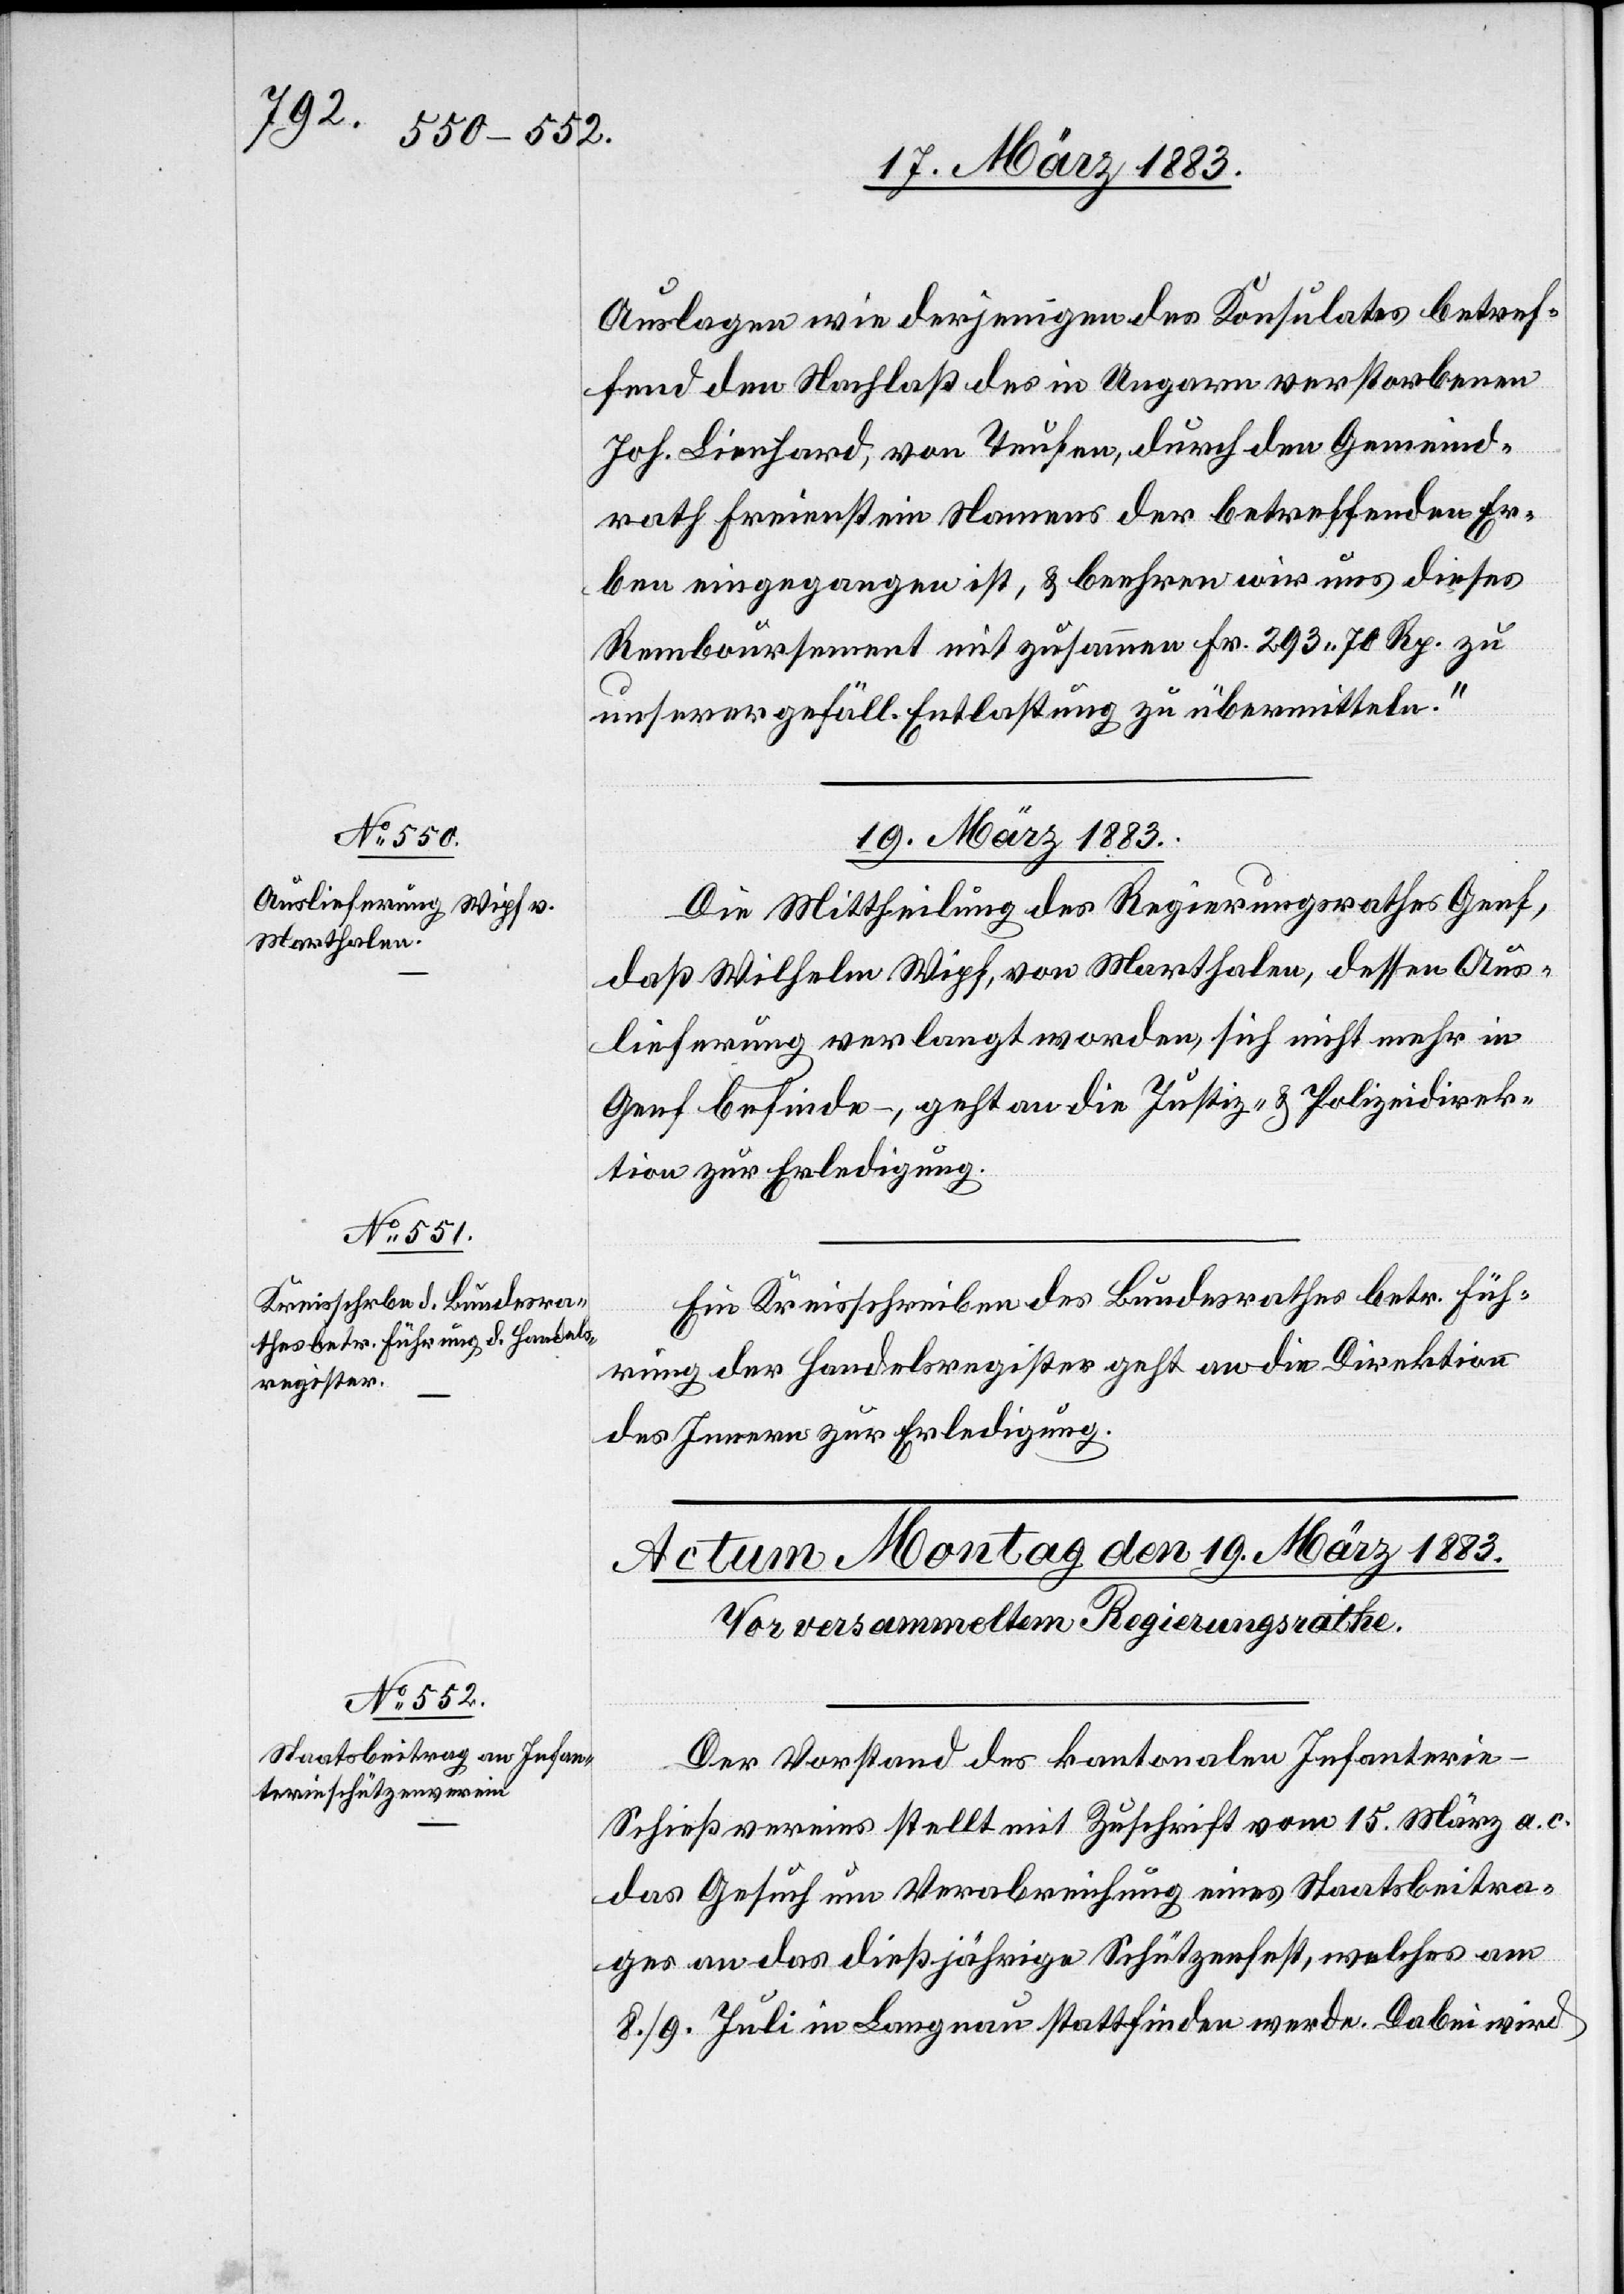
Auslagen wie derjenigen des Konsulates betref¬
fend den Nachlaß des in Ungarn verstorbenen
Joh. Lienhard, von Teufen, durch den Gemeind¬
rath Freienstein Namens der betreffenden Er¬
ben eingegangen ist, & beehren wir uns dieses
Remboursement mit zusammen Fr. 293 70 Rp. zu
unserer gefäll. Entlastung zu übermitteln.“
19. März 1883.]
Die Mittheilung des Regierungsrathes Genf,
daß Wilhelm Wipf von Marthalen, dessen Aus¬
lieferung verlangt worden, sich nicht mehr in
Genf befinde – , geht an die Justiz- & Polizeidirek¬
tion zur Erledigung.
Ein Kreisschreiben des Bundesrathes betr. Füh¬
rung der Handelsregister geht an die Direktion
des Innern zur Erledigung.
Der Vorstand des kantonalen Infanteri¬
e-Schießvereins stellt mit Zuschrift vom 15. März a. c.
das Gesuch um Verabreichung eines Staatsbeitra¬
ges an das dießjährige Schützenfest, welches am
8./9. Juli in Langnau stattfinden werde. Dabei wird